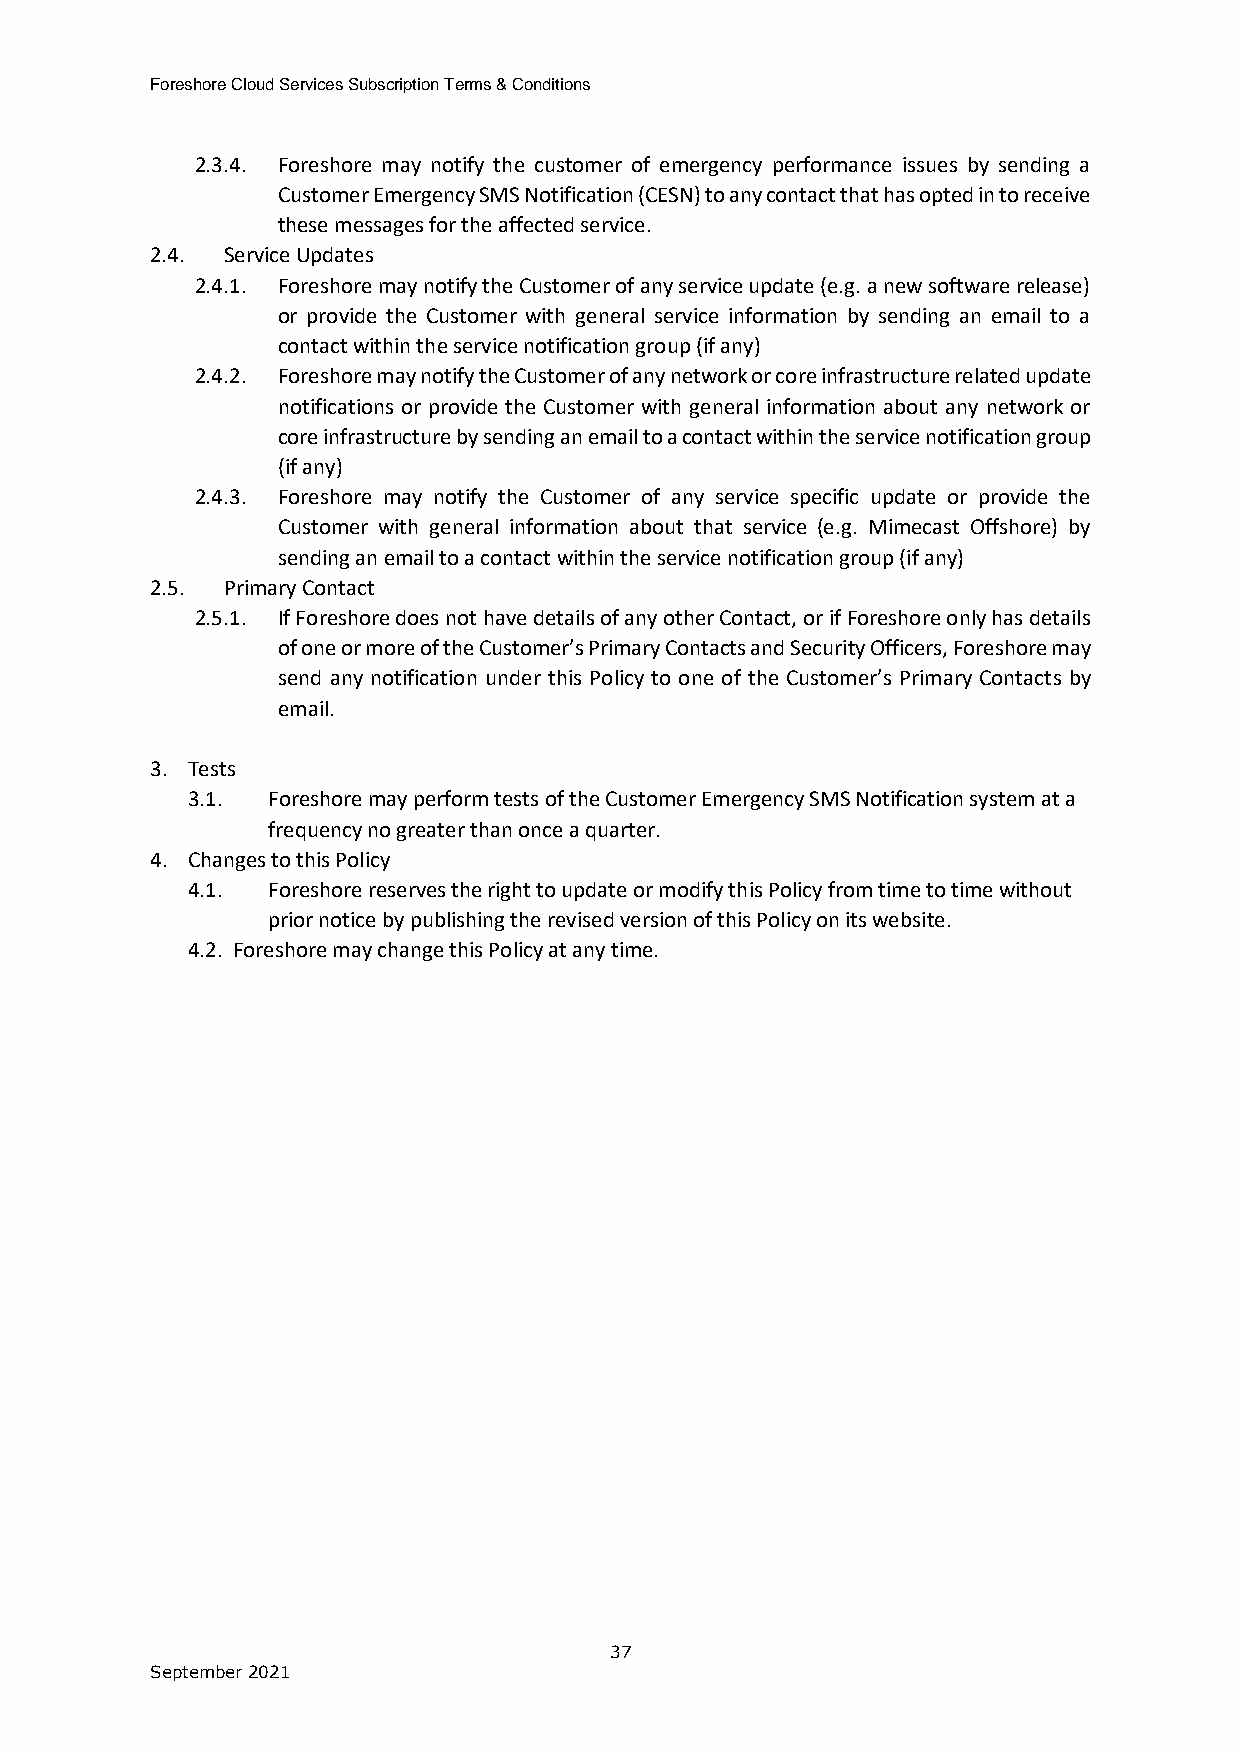
Foreshore Cloud Services Subscription Terms & Conditions
 2.3.4. Foreshore may notify the customer of emergency performance issues by sending a
 Customer Emergency SMS Notification (CESN) to any contact that has opted in to receive
 these messages for the affected service.
 2.4. Service Updates
 2.4.1. Foreshore may notify the Customer of any service update (e.g. a new software release)
 or provide the Customer with general service information by sending an email to a
 contact within the service notification group (if any)
 2.4.2. Foreshore may notify the Customer of any network or core infrastructure related update
 notifications or provide the Customer with general information about any network or
 core infrastructure by sending an email to a contact within the service notification group
 (if any)
 2.4.3. Foreshore may notify the Customer of any service specific update or provide the
 Customer with general information about that service (e.g. Mimecast Offshore) by
 sending an email to a contact within the service notification group (if any)
 2.5. Primary Contact
 2.5.1. If Foreshore does not have details of any other Contact, or if Foreshore only has details
 of one or more of the Customer’s Primary Contacts and Security Officers, Foreshore may
 send any notification under this Policy to one of the Customer’s Primary Contacts by
 email.
 3. Tests
 3.1.  Foreshore may perform tests of the Customer Emergency SMS Notification system at a
 frequency no greater than once a quarter.
 4. Changes to this Policy
 4.1.  Foreshore reserves the right to update or modify this Policy from time to time without
 prior notice by publishing the revised version of this Policy on its website.
 4.2. Foreshore may change this Policy at any time.
 37
 September 2021